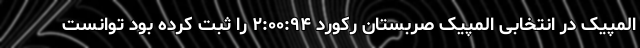
المپیک در انتخابی المپیک صربستان رکورد ۲:۰۰:۹۴ را ثبت کرده بود توانست